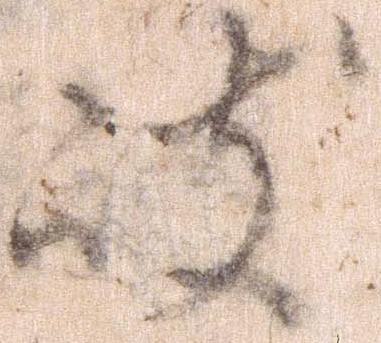
岐